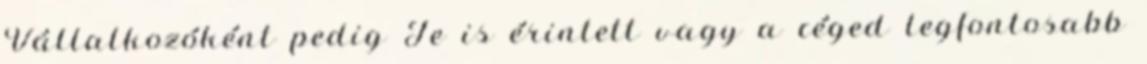
Vállalkozóként pedig Te is érintett vagy a céged legfontosabb